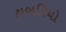
ટાબરિયો